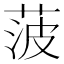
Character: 菠